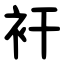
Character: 衦